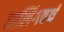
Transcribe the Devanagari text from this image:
हालिंगवर्थ